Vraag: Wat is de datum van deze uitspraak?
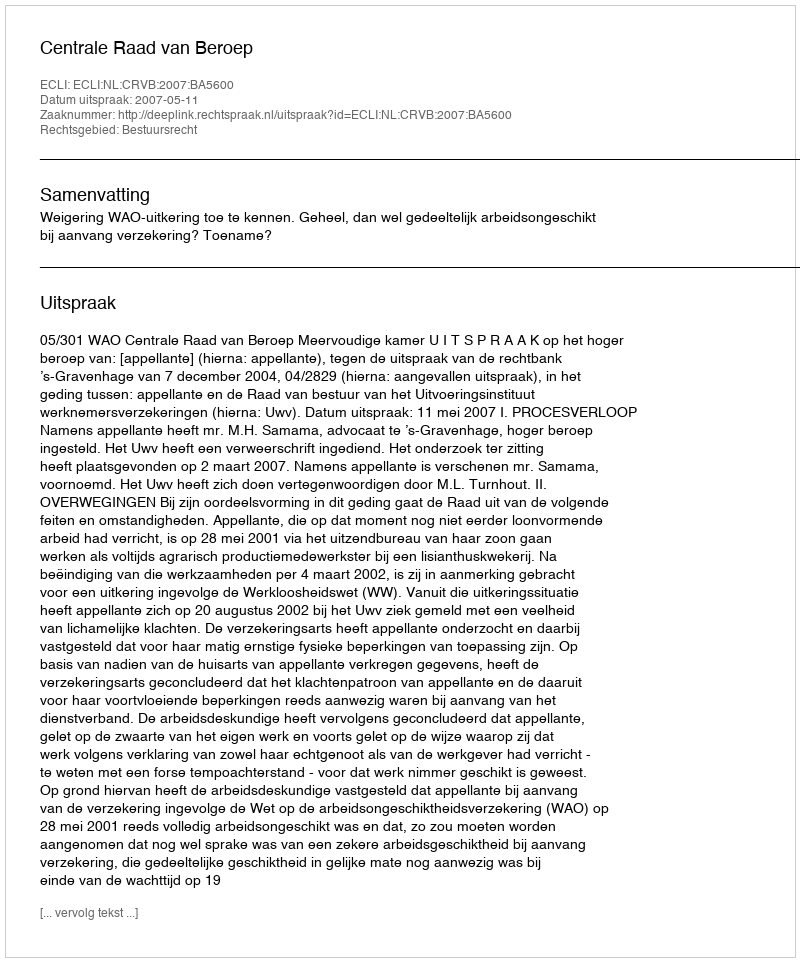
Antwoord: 2007-05-11